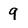
Character: q